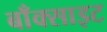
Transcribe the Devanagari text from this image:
बाँक्साइट